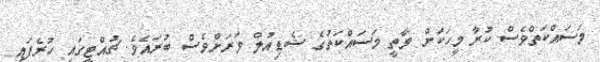
މަސައްކަތްވެސް ކުރާ މީހަކަށް ވާތީ މަސައްކަތުގެ ޝެޑިއުލް ވަރަށްވެސް ބުރައެވެ. ޗުއްޓީގައި ހުރެފައި